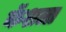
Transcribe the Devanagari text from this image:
कॅशला